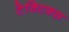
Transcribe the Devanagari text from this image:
टेक्टिक्स